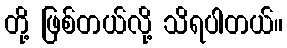
တို့ ဖြစ်တယ်လို့ သိရပါတယ်။